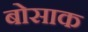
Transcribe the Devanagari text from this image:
बोसाक